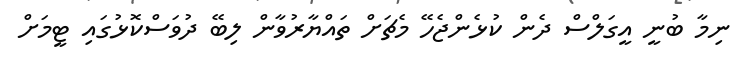
ނިމާ ބުނީ އީގަލްސް ދެން ކުޅެންޖެހޭ މެޗަށް ތައްޔާރުވާން ލިބޭ ދުވަސްކޮޅުގައި ޓީމަށް